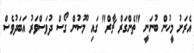
އެރަށު މީހުން ބުނަނީ "ތެންގަރް ޗާރް" ގައި މޫސުން ގޯސް ދުވަސްވަރު އަބަދުވެސް